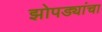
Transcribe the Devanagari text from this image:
झोपड्यांचा